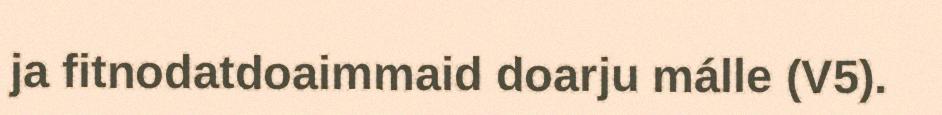
ja fitnodatdoaimmaid doarju málle (V5).